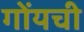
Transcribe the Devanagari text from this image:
गोंयची